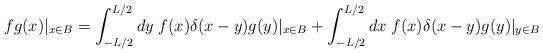
LaTeX: \begin{align*}fg(x)|_{x\in B}=\int_{-L/2}^{L/2}dy\;f(x)\delta(x-y)g(y)|_{x\in B}+\int_{-L/2}^{L/2}dx \;f(x)\delta(x-y)g(y)|_{y\in B}\end{align*}